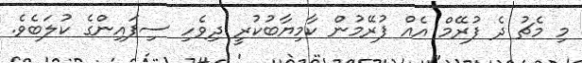
މި މެޗު ދެ ފުރޭމް އެއް ފުރޭމުން ކާމިޔާބުކުރީ ދިވެހި ސިފައިންގެ ކުލަބެވެ.